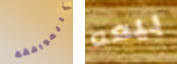
بالموافقة بيعه